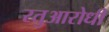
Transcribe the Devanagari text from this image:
रतुआरोधी